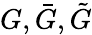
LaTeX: G,{\bar{G}},{\tilde{G}}